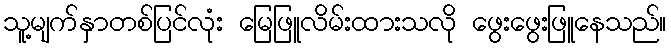
သူ့မျက်နှာတစ်ပြင်လုံး မြေဖြူလိမ်းထားသလို ဖွေးဖွေးဖြူနေသည်။